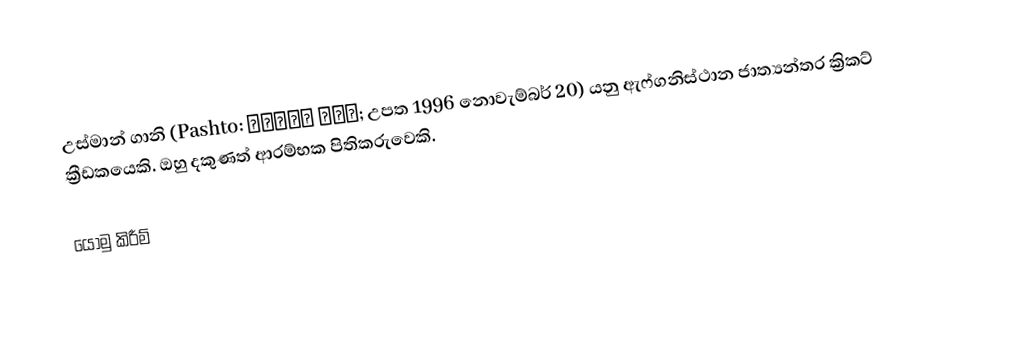
උස්මාන් ගානි (Pashto: غني عثمان; උපත 1996 නොවැම්බර් 20) යනු ඇෆ්ගනිස්ථාන ජාත්‍යන්තර ක්‍රිකට් ක්‍රීඩකයෙකි. ඔහු දකුණත් ආරම්භක පිතිකරුවෙකි.

යොමු කිරීම්